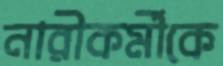
নারীকর্মীকে